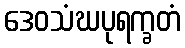
ဒေဝသံဃပုရက္ခတံ